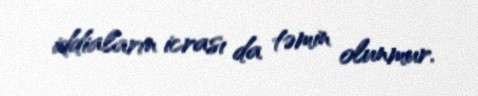
iddiaların icrası da təmin olunmur.